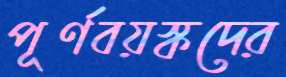
পূর্ণবয়স্কদের